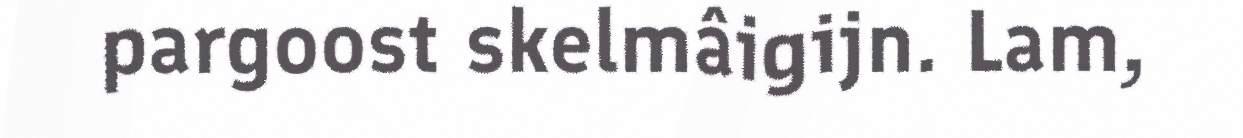
pargoost skelmâigijn. Lam,